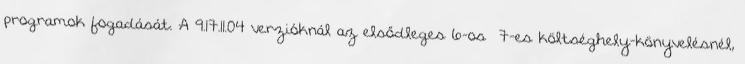
programok fogadását. A 9.17.11.04 verzióknál az elsődleges 6-os 7-es költséghely-könyvelésnél,